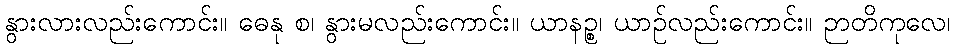
နွားလားလည်းကောင်း။ ဓေနု စ၊ နွားမလည်းကောင်း။ ယာနဉ္စ၊ ယာဉ်လည်းကောင်း။ ဉာတိကုလေ၊